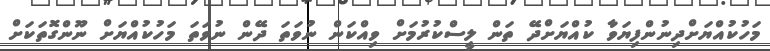
މަހުކުއްޔަށްދިނުންފިޔަވާ ކުއްޔަށްދޭ ތަން ލީސްކުރުމަށް ވިއްކަން ނުވަތަ ދޭން ނުވަތަ މަހުކުއްޔަށް ނޫންގޮތަކަށް